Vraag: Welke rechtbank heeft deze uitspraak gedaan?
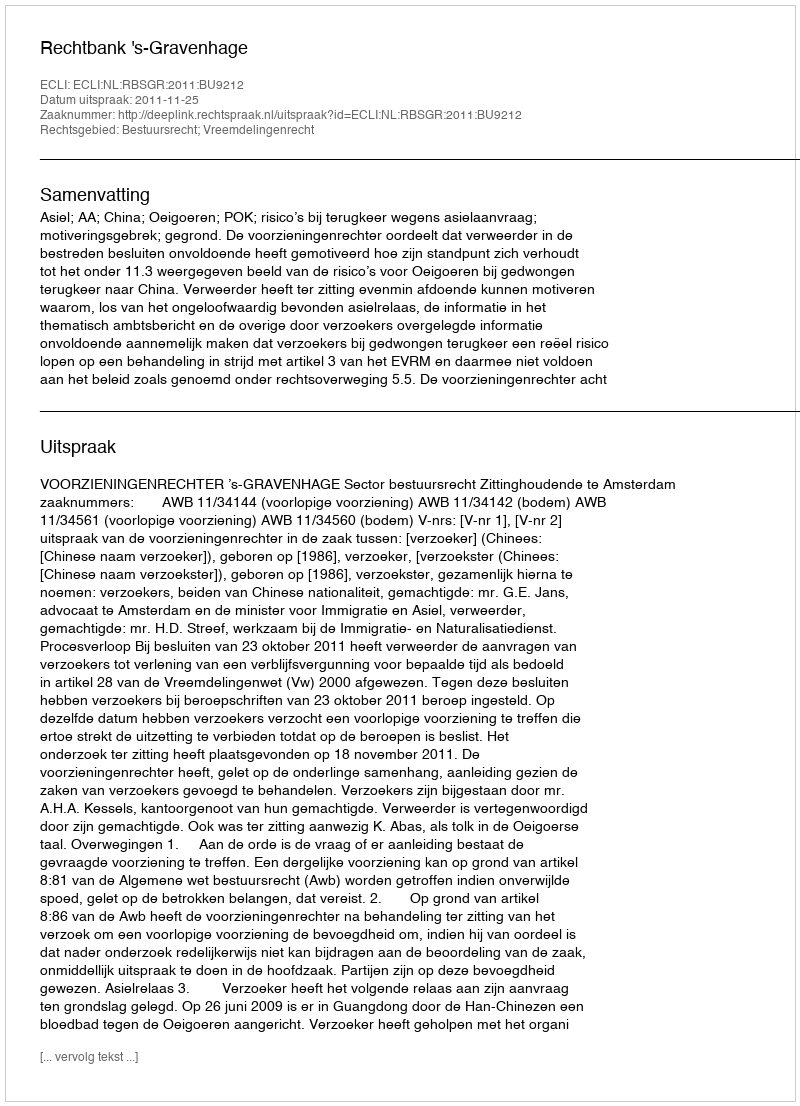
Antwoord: Rechtbank 's-Gravenhage